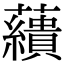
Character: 𧄑